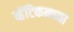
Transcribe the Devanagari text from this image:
व्हॅटिकनच्या